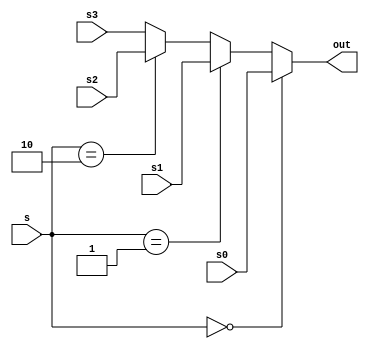
module MUX32Four(input[31:0] s0 , input[31:0] s1 , input[31:0] s2 , input[31:0] s3 , input[1:0] s , output[31:0] out);
	assign out = (s == 2'b00) ? s0 : (s == 2'b01) ? s1 : (s == 2'b10) ? s2 : s3; 
endmodule